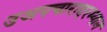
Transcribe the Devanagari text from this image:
उअपचारादरम्यान